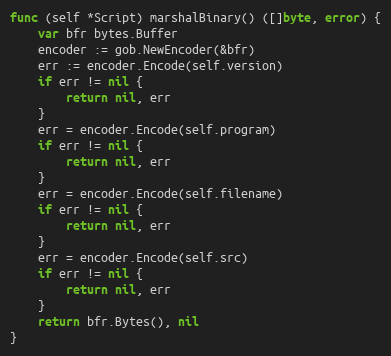
Language: Go
func (self *Script) marshalBinary() ([]byte, error) {
	var bfr bytes.Buffer
	encoder := gob.NewEncoder(&bfr)
	err := encoder.Encode(self.version)
	if err != nil {
		return nil, err
	}
	err = encoder.Encode(self.program)
	if err != nil {
		return nil, err
	}
	err = encoder.Encode(self.filename)
	if err != nil {
		return nil, err
	}
	err = encoder.Encode(self.src)
	if err != nil {
		return nil, err
	}
	return bfr.Bytes(), nil
}